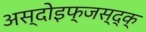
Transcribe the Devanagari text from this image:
अस्दोइफ्जस्द्क्